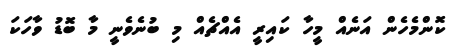
ކޮންމެހެން އަނެއް މީހާ ކައިރީ އެއްޗެއް މި ބުނެވެނީ މާ ބޮޑު ވާހަކަ